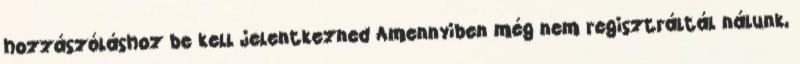
hozzászóláshoz be kell jelentkezned Amennyiben még nem regisztráltál nálunk,